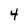
Character: 4